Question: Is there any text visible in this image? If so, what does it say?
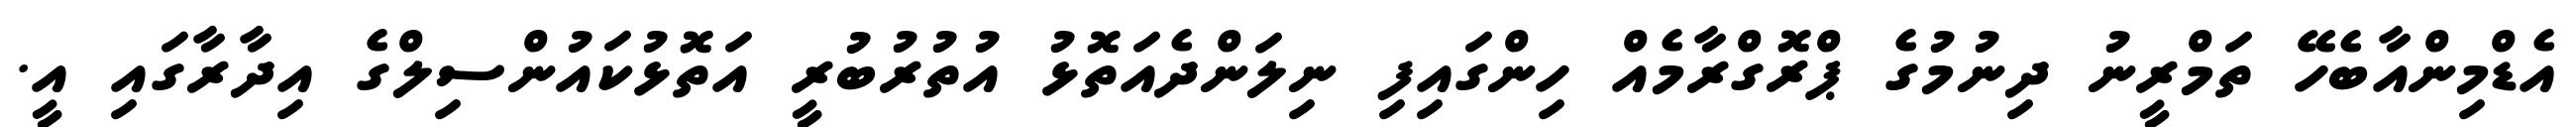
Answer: އެޑްމިންއާބެހޭ ތަމްރީނު ދިނުމުގެ ޕްރޮގްރާމެއް ހިންގައިފި ނިލަންދެއަތޮޅު އުތުރުބުރީ އަތޮޅުކައުންސިލްގެ އިދާރާގައި އީ.